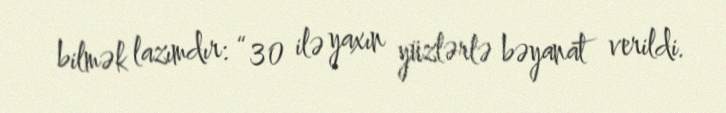
bilmək lazımdır: “30 ilə yaxın yüzlərlə bəyanat verildi.